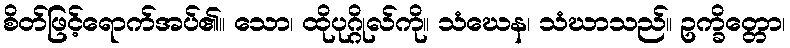
စိတ်ဖြင့်ရောက်အပ်၏။ သော၊ ထိုပုဂ္ဂိုလ်ကို။ သံဃေန၊ သံဃာသည်။ ဥက္ခိတ္တော၊